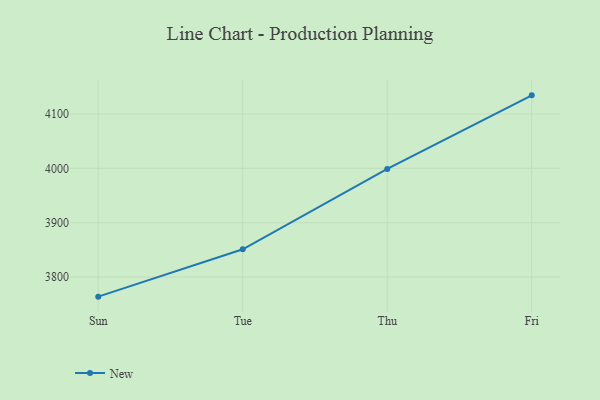
{"axis": {"x": "Day", "y": "Customer Acquisition Cost (USD)"}, "legend": ["New"], "data": [{"x": "Sun", "y": 3763.9, "type": "New"}, {"x": "Tue", "y": 3851.0, "type": "New"}, {"x": "Thu", "y": 3998.9, "type": "New"}, {"x": "Fri", "y": 4134.3, "type": "New"}]}